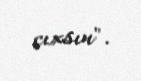
çıxsın".